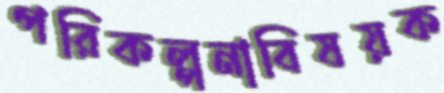
পরিকল্পনাবিষয়ক